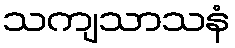
သကျသာသနံ